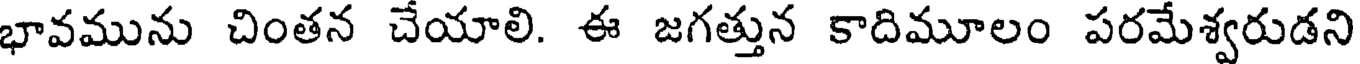
భావమును చింతన చేయాలి. ఈ జగత్తున కాదిమూలం పరమేశ్వరుడని